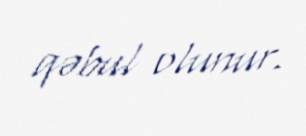
qəbul olunur.